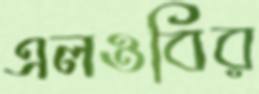
এলওবির